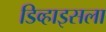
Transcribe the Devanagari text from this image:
डिव्हाइसला